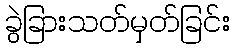
ခွဲခြားသတ်မှတ်ခြင်း